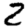
Digit: 2